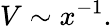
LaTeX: V\sim x^{-1}.